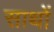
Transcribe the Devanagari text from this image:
साथों